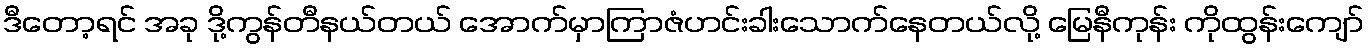
ဒီတော့ရင် အခု ဒို့ကွန်တီနယ်တယ် အောက်မှာကြာဇံဟင်းခါးသောက်နေတယ်လို့ မြေနီကုန်း ကိုထွန်းကျော်